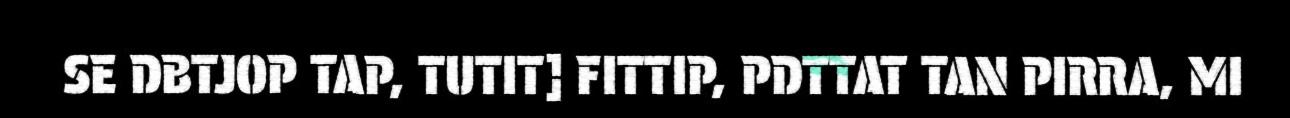
SE DBTJOP TAP, TUTIT] FITTIP, PDTTAT TAN PIRRA, MI